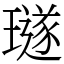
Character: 璲